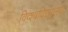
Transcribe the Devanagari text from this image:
विव्श्वविद्यालय